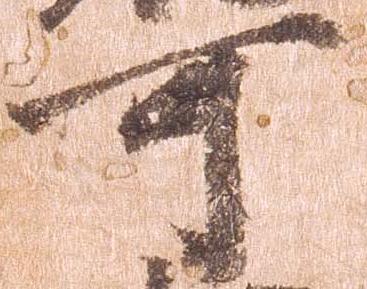
可